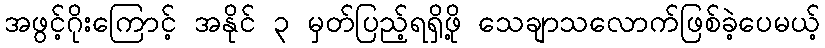
အဖွင့်ဂိုးကြောင့် အနိုင် ၃ မှတ်ပြည့်ရရှိဖို့ သေချာသလောက်ဖြစ်ခဲ့ပေမယ့်